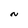
Character: n